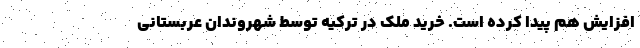
افزایش هم پیدا کرده است. خرید ملک در ترکیه توسط شهروندان عربستانی